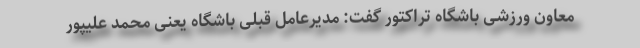
معاون ورزشی باشگاه تراکتور گفت: مدیرعامل قبلی باشگاه یعنی محمد علیپور